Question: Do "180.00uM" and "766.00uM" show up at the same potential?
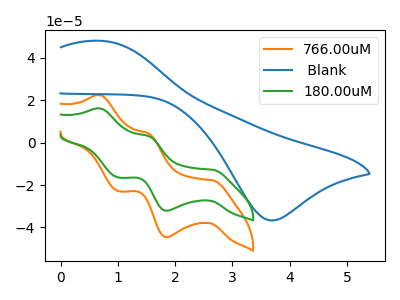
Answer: <think>The orange curve "766.00uM" has anodic peaks at (0.70V, 22.45uA) (1.55V, 4.30uA) and cathodic peaks at (2.65V, -17.80uA) (1.85V, -44.60uA) (1.00V, -22.85uA). The blue curve " Blank" has an anodic peak at (0.70V, 48.05uA) and a cathodic peak at (3.70V, -36.75uA). The green curve "180.00uM" has anodic peaks at (0.70V, 16.15uA) (1.55V, 3.10uA) and cathodic peaks at (2.65V, -12.85uA) (1.85V, -32.10uA) (1.00V, -16.45uA).
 All the peaks in "180.00uM" have a peak in "766.00uM" at the same potential. Every peak in "180.00uM" is lower than every peak in "766.00uM".</think>
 <answer>"180.00uM" and "766.00uM" are similar in shape.</answer>
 <eval>same_shape</eval>